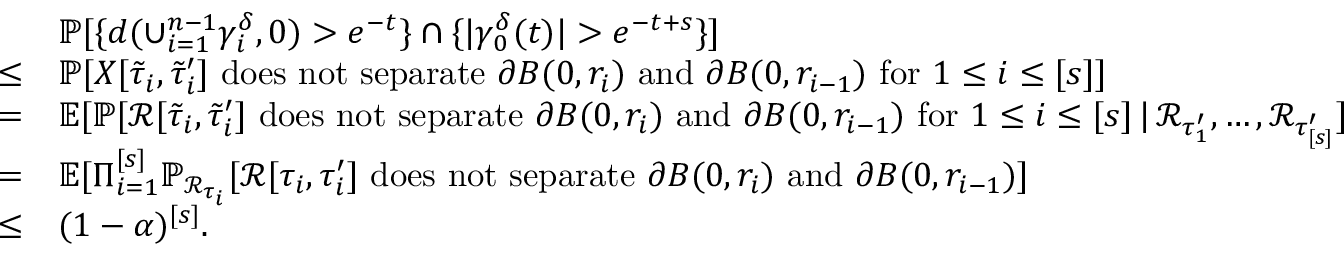
\begin{array} { r l } & { \mathbb { P } [ \{ d ( \cup _ { i = 1 } ^ { n - 1 } \gamma _ { i } ^ { \delta } , 0 ) > e ^ { - t } \} \cap \{ | \gamma _ { 0 } ^ { \delta } ( t ) | > e ^ { - t + s } \} ] } \\ { \le } & { \mathbb { P } [ X [ \tilde { \tau } _ { i } , \tilde { \tau } _ { i } ^ { \prime } ] \mathrm { ~ d o e s ~ n o t ~ s e p a r a t e ~ } \partial B ( 0 , r _ { i } ) \mathrm { ~ a n d ~ } \partial B ( 0 , r _ { i - 1 } ) \mathrm { ~ f o r ~ } 1 \le i \le [ s ] ] } \\ { = } & { \mathbb { E } [ \mathbb { P } [ \mathcal { R } [ \tilde { \tau } _ { i } , \tilde { \tau } _ { i } ^ { \prime } ] \mathrm { ~ d o e s ~ n o t ~ s e p a r a t e ~ } \partial B ( 0 , r _ { i } ) \mathrm { ~ a n d ~ } \partial B ( 0 , r _ { i - 1 } ) \mathrm { ~ f o r ~ } 1 \le i \le [ s ] \, | \, \mathcal { R } _ { \tau _ { 1 } ^ { \prime } } , \ldots , \mathcal { R } _ { \tau _ { [ s ] } ^ { \prime } } ] } \\ { = } & { \mathbb { E } [ \Pi _ { i = 1 } ^ { [ s ] } \mathbb { P } _ { \mathcal { R } _ { \tau _ { i } } } [ \mathcal { R } [ \tau _ { i } , \tau _ { i } ^ { \prime } ] \mathrm { ~ d o e s ~ n o t ~ s e p a r a t e ~ } \partial B ( 0 , r _ { i } ) \mathrm { ~ a n d ~ } \partial B ( 0 , r _ { i - 1 } ) ] } \\ { \le } & { ( 1 - \alpha ) ^ { [ s ] } . } \end{array}